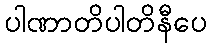
ပါဏာတိပါတိနီပေ